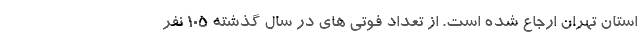
استان تهران ارجاع شده است. از تعداد فوتی های در سال گذشته ۱۰۵ نفر